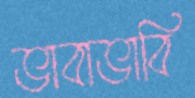
ভাবাভাবি